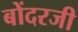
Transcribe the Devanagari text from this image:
बोंदरजी